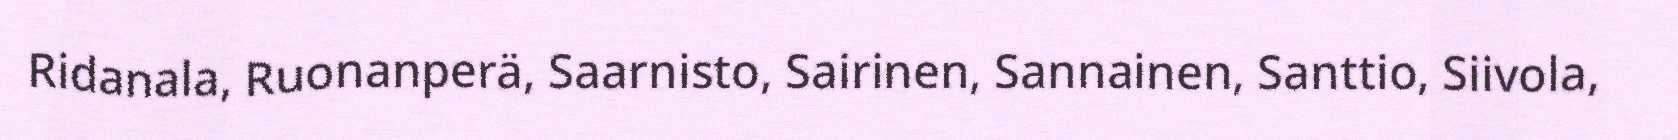
Ridanala, Ruonanperä, Saarnisto, Sairinen, Sannainen, Santtio, Siivola,